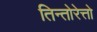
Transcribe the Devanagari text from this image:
तिन्तोरेत्तो